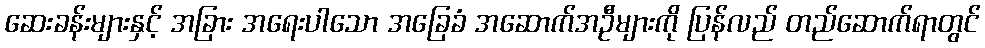
ဆေးခန်းများနှင့် အခြား အရေးပါသော အခြေခံ အဆောက်အဦများကို ပြန်လည် တည်ဆောက်ရာတွင်